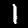
Label: 1